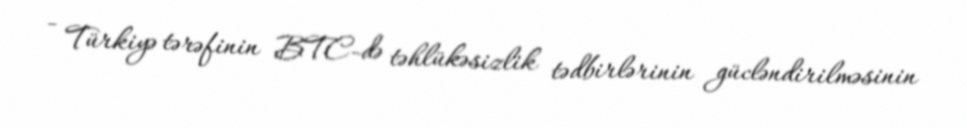
- Türkiyə tərəfinin BTC-də təhlükəsizlik tədbirlərinin gücləndirilməsinin